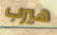
هيرب